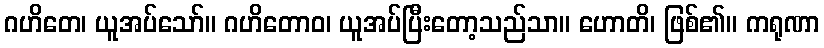
ဂဟိတေ၊ ယူအပ်သော်။ ဂဟိတောဝ၊ ယူအပ်ပြီးတော့သည်သာ။ ဟောတိ၊ ဖြစ်၏။ ကရုဏာ